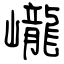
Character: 巄